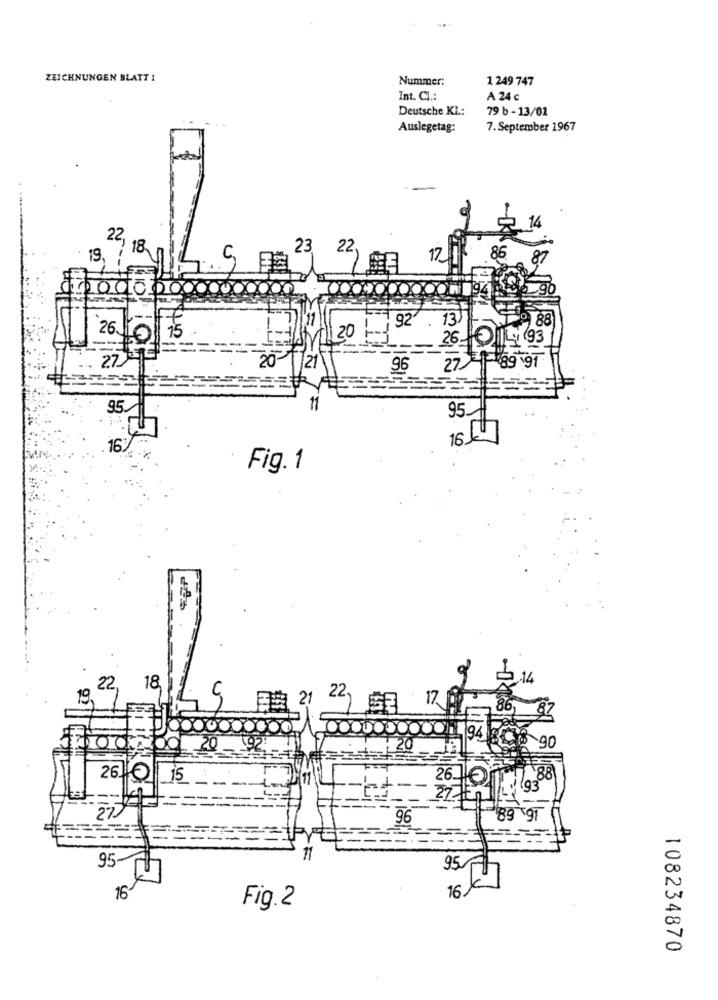
ZEICHNUNGEN BLATT 1
Nummer:
1 249 747
Int. CL .:
A 24 c
Deutsche KL .:
79 b - 13/01
Auslegetag:
7. September 1967
14
22
18
23.
22,
19,
17
86
20000
92
13
26
15
20
26
27
96
27
95.
95
16 ]
163
Fig. 1
14
.22,
18
19,
22
17
日期 21
94
90
200
26
15
193
96
89 97
95
11
95
16
16
Fig.2
108234870